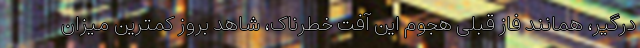
درگیر، همانند فاز قبلی هجوم این آفت خطرناک، شاهد بروز کمترین میزان